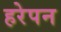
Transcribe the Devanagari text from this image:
हरेपन